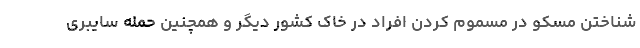
شناختن مسکو در مسموم کردن افراد در خاک کشور دیگر و همچنین حمله سایبری